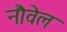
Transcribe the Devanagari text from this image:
नौवेल